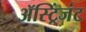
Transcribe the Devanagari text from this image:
ॲस्ट्रिंजंट